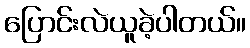
ပြောင်းလဲယူခဲ့ပါတယ်။